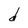
Character: d